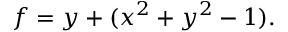
f = y + ( x ^ { 2 } + y ^ { 2 } - 1 ) .